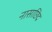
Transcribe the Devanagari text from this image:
नासाछिद्र